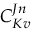
C _ { K v } ^ { J n }